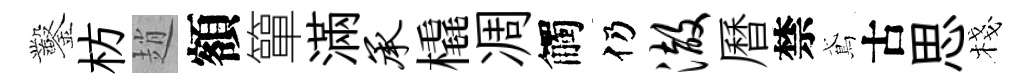
鑿枋趙額簞滿承橇凋觸仍澈曆禁鳶古思棧